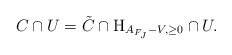
\begin{align*}C \cap U = \tilde{C} \cap \mathrm{H}_{A_{F_J} - V, \ge 0} \cap U.\end{align*}